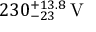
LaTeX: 2 3 0 _ { - 2 3 } ^ { + 1 3 . 8 } \, \mathrm { V }